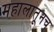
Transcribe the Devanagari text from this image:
महालातूनच